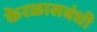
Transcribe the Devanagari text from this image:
केरळासबंधी